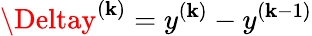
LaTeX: \Deltay^{(\mathbf{k})}=y^{(\mathbf{k})}-y^{(\mathbf{k}-1)}